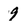
Character: 9